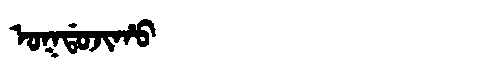
Manchu: ᠣᡴᡩᠣᠵᡳᡥᠣ
Romanization: OKDOJIHO